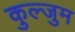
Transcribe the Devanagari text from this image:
कुल्जुम